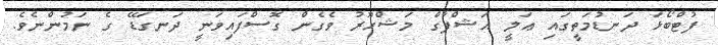
ފުޓްބޯޅަ ދަނޑުމަތީގައި ޢަލީ އަޝްފާގް މަޝްހޫރު ވެގެން ގޮސްފައިވަނީ ދަނގަޑޭ ގެ ނަމުންނެވެ.